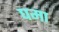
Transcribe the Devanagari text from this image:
घमा